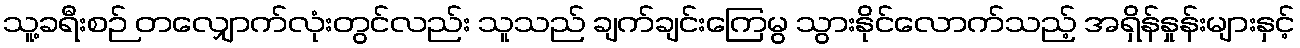
သူ့ခရီးစဉ် တလျှောက်လုံးတွင်လည်း သူသည် ချက်ချင်းကြေမွ သွားနိုင်လောက်သည့် အရှိန်နှုန်းများနှင့်